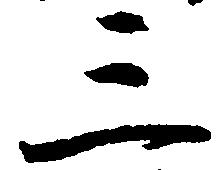
三